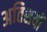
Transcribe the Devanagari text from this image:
अतिशयों